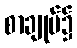
စာချုပ်၌